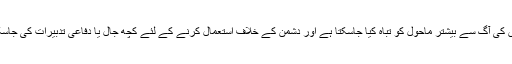
ہتھیاروں کی آگ سے بیشتر ماحول کو تباہ کیا جاسکتا ہے اور دشمن کے خلاف استعمال کرنے کے لئے کچھ جال یا دفاعی تدبیرات کی جاسکتی ہیں۔